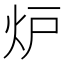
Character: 炉